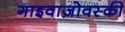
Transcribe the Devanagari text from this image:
गाइवाज़ोवस्की